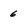
Character: 6